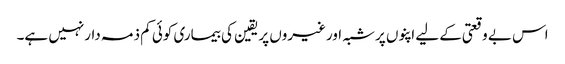
اس بے وقعتی کے لیے اپنوں پرشبہ اورغیروں پریقین کی بیماری کوئی کم ذمہ دارنہیں ہے۔